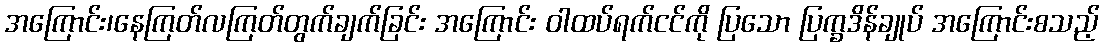
အကြောင်း၊နေကြတ်လကြတ်တွက်ချက်ခြင်း အကြောင်း ဝါထပ်ရက်ငင်ကို ပြသော ပြက္ခဒိန်ချုပ် အကြောင်းစသည့်